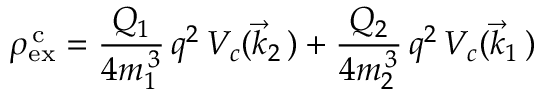
\rho _ { \mathrm { e x } } ^ { \, \mathrm c } = \frac { Q _ { 1 } } { 4 m _ { 1 } ^ { \, 3 } } \, q ^ { 2 } \, V _ { c } ( \vec { k } _ { 2 } \, ) + \frac { Q _ { 2 } } { 4 m _ { 2 } ^ { \, 3 } } \, q ^ { 2 } \, V _ { c } ( \vec { k } _ { 1 } \, )